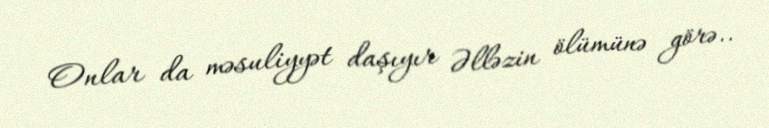
Onlar da məsuliyyət daşıyır Əlləzin ölümünə görə..